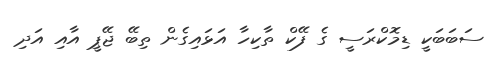
ސަބަބަކީ ޑިމޮކްރަސީ ގެ ފޭކް ތާކިހާ އަޅައިގެން ތިބޭ ޖޭޕީ އާއި އަދި